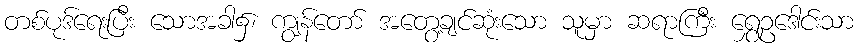
တစ်ပုဒ်ရေးပြီး သောအခါ၌၊ ကျွန်တော် အတွေ့ချင်ဆုံးသော သူမှာ ဆရာကြီး ရွှေဥဒေါင်းသာ